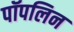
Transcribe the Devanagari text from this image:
पॉपलिन